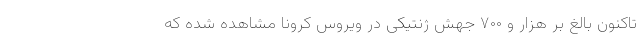
تاکنون بالغ بر هزار و ۷۰۰ جهش ژنتیکی در ویروس کرونا مشاهده شده که